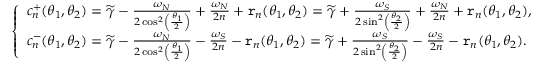
\left\{ \begin{array} { l l } { c _ { n } ^ { + } ( \theta _ { 1 } , \theta _ { 2 } ) = \widetilde { \gamma } - \frac { \omega _ { N } } { 2 \cos ^ { 2 } \left( \frac { \theta _ { 1 } } { 2 } \right) } + \frac { \omega _ { N } } { 2 n } + \mathtt { r } _ { n } ( \theta _ { 1 } , \theta _ { 2 } ) = \widetilde { \gamma } + \frac { \omega _ { S } } { 2 \sin ^ { 2 } \left( \frac { \theta _ { 2 } } { 2 } \right) } + \frac { \omega _ { N } } { 2 n } + \mathtt { r } _ { n } ( \theta _ { 1 } , \theta _ { 2 } ) , } \\ { c _ { n } ^ { - } ( \theta _ { 1 } , \theta _ { 2 } ) = \widetilde { \gamma } - \frac { \omega _ { N } } { 2 \cos ^ { 2 } \left( \frac { \theta _ { 1 } } { 2 } \right) } - \frac { \omega _ { S } } { 2 n } - \mathtt { r } _ { n } ( \theta _ { 1 } , \theta _ { 2 } ) = \widetilde { \gamma } + \frac { \omega _ { S } } { 2 \sin ^ { 2 } \left( \frac { \theta _ { 2 } } { 2 } \right) } - \frac { \omega _ { S } } { 2 n } - \mathtt { r } _ { n } ( \theta _ { 1 } , \theta _ { 2 } ) . } \end{array} \right.